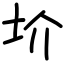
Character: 圿